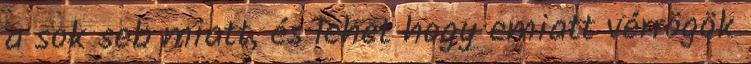
a sok seb miatt, és lehet hogy emiatt vérrögök